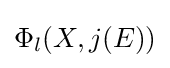
\Phi _{l}(X,j(E))